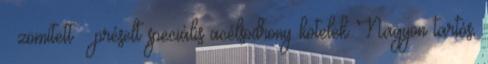
zömített préselt speciális acélsodrony kötelek Nagyon tartós,